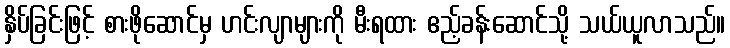
နှိပ်ခြင်းဖြင့် စားဖိုဆောင်မှ ဟင်းလျာများကို မီးရထား ဧည့်ခန်းဆောင်သို့ သယ်ယူလာသည်။